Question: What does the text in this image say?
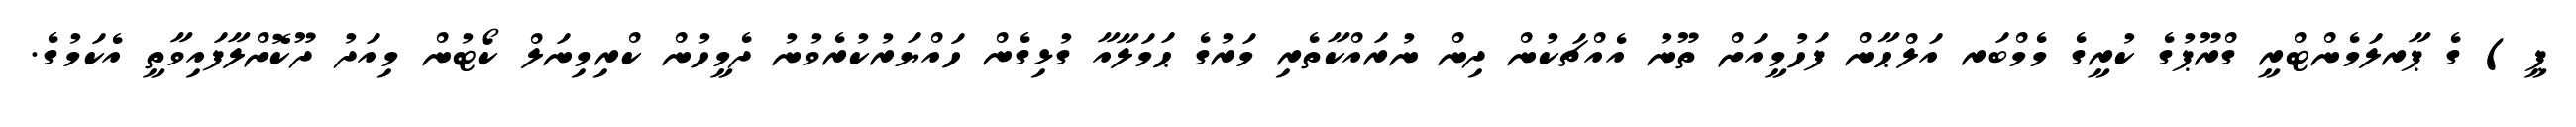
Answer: ޕީ) ގެ ޕާރލަމެންޓްރީ ގްރޫޕުގެ ކުރީގެ މެމްބަރ އަލްޙާން ފަހުމީއަށް ތޫނު އެއްޗަކުން ދިން ނުރައްކާތެރި މަރުގެ ޙަމަލާއާ ގުޅިގެން ހައްޔަރުކުރެވުނު ދެމީހުން ކްރިމިނަލް ކޯޓުން މިއަދު ދޫކޮށްލާފައިވާތީ އެކަމުގެ.